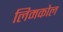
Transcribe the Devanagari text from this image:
लिमकोल